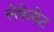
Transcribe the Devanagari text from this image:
लेफेयेट